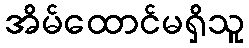
အိမ်ထောင်မရှိသူ